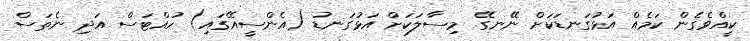
ކީއްވެގެން ކަމެއް އަޅުގަނޑަކަށް ނޭނގޭ. މިސާލަކަށް އަޅުގަނޑު (އެންސީއޭގައި) ހުއްޓަސް އަދި ނެތަސް